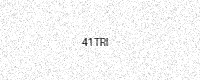
Text: 41TRI